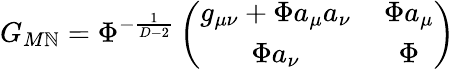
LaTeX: G_{M\mathbb{N}}=\Phi^{-\frac{{1}}{{D-2}}}\left(\begin{array}{cc}{{g_{\mu\nu}+\Phi a_{\mu}a_{\nu}}}&{{\, \Phi a_{\mu}}}\\ {{\Phi a_{\nu}}}&{{\, \Phi}}\end{array}\right)